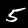
Label: 5